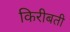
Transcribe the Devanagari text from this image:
किरीबती